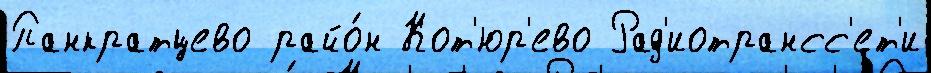
Панкратцево райо́н Кот'юр'ево Рад'иотрансс'ет'и